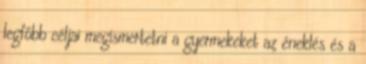
legfőbb céljai megismertetni a gyermekeket az éneklés és a